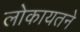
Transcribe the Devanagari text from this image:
लोकायतने